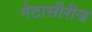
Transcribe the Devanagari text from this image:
मेटासीरीज